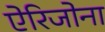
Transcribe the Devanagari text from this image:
ऐरिजोना